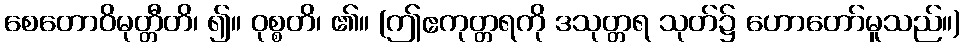
စေတောဝိမုတ္တီတိ၊ ၍။ ဝုစ္စတိ၊ ၏။ (ဤဧကုတ္တရကို ဒသုတ္တရ သုတ်၌ ဟောတော်မူသည်။)